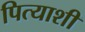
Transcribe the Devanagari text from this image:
पित्याशी